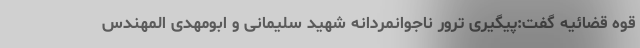
قوه قضائیه گفت:پیگیری ترور ناجوانمردانه شهید سلیمانی و ابومهدی المهندس